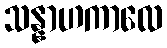
သန္နာဟကာလေ